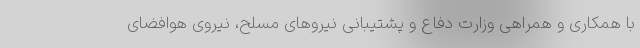
با همکاری و همراهی وزارت دفاع و پشتیبانی نیروهای مسلح، نیروی هوافضای